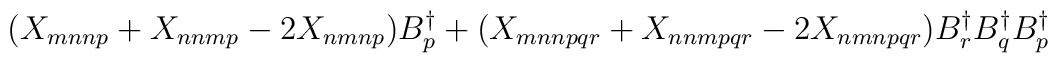
(X_{mnnp} + X_{nnmp}-2X_{nmnp})B^{\dagger}_{p} + (X_{mnnpqr} + X_{nnmpqr}-2X_{nmnpqr})B^{\dagger}_{r}B^{\dagger}_{q}B^{\dagger}_{p}